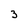
Character: 3